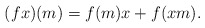
\begin{align*}(fx)(m)=f(m)x + f(xm).\end{align*}